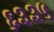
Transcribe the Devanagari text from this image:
६३३५